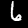
Label: 6